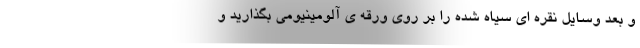
و بعد وسایل نقره ای سیاه شده را بر روی ورقه ی آلومینیومی بگذارید و